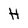
Character: H